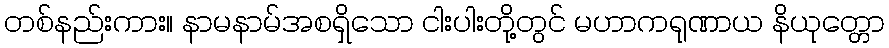
တစ်နည်းကား။ နာမနာမ်အစရှိသော ငါးပါးတို့တွင် မဟာကရုဏာယ နိယုတ္တော